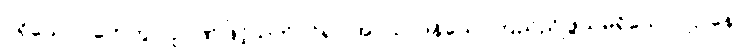
ပရိယောဂါဟေတွာ၊ ဉာဏ်ဖြင့်သက်ဝင်၍။ အပ္ပသာဒနိယေ၊ ကြည်ညိုဖွယ်မရှိသော။ ဌာနေ၊